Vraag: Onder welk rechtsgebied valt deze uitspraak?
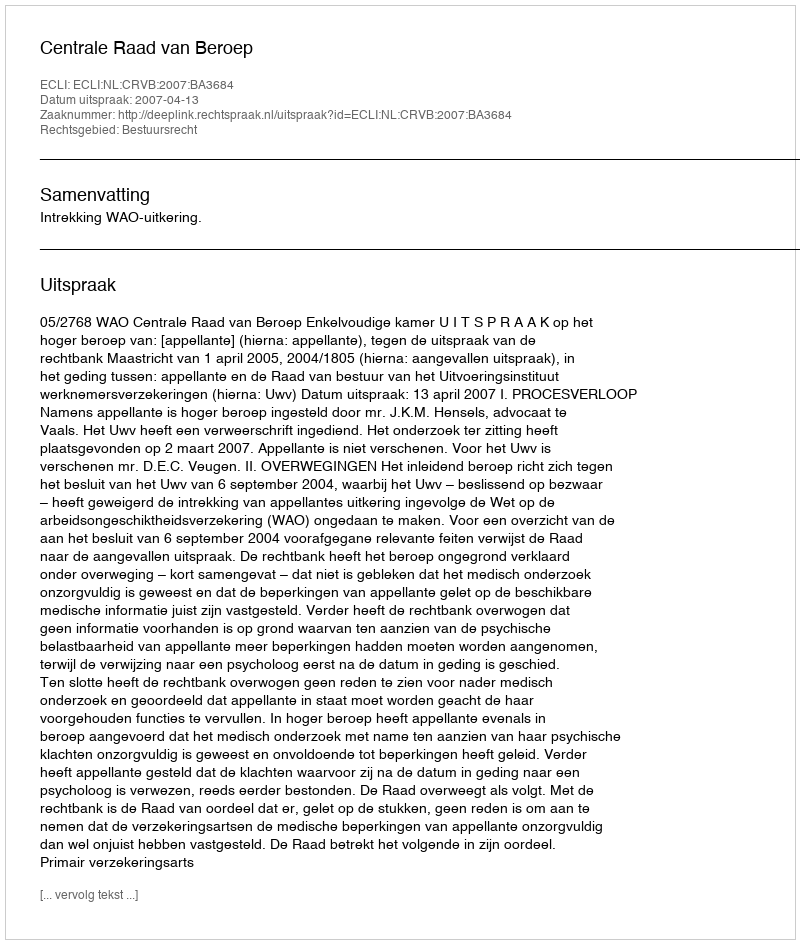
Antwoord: Bestuursrecht